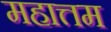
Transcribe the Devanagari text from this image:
महात्तम